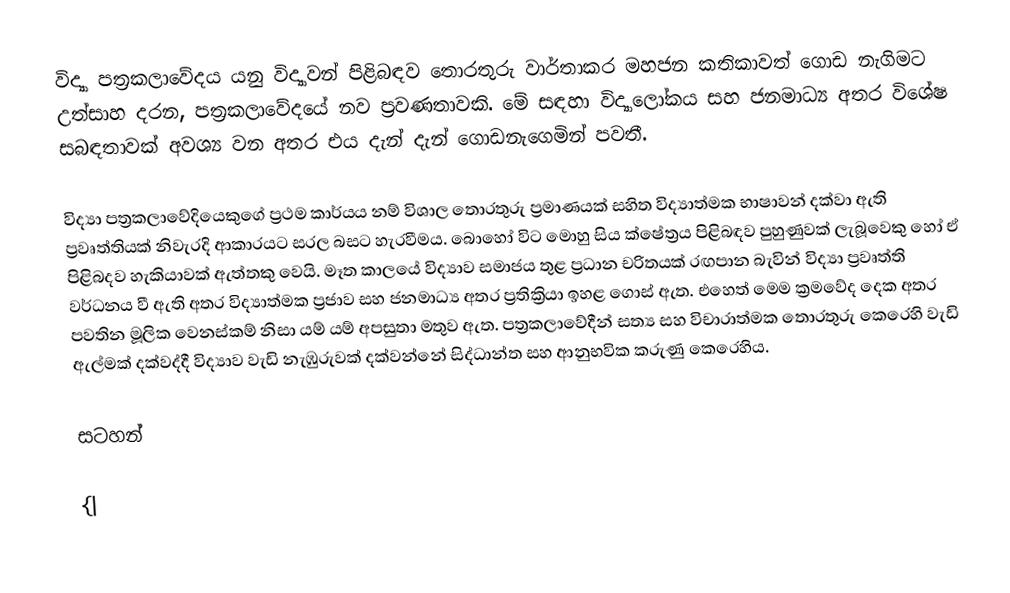
විද්‍යා පත්‍රකලාවේදය යනු විද්‍යාවන් පිළිබඳව තොරතුරු වාර්තාකර මහජන කතිකාවත් ගොඩ නැගිමට උත්සාහ දරන, පත්‍රකලාවේදයේ නව ප්‍රවණතාවකි. මේ සඳහා විද්‍යාලෝකය සහ ජනමාධ්‍ය අතර විශේෂ සබඳතාවක් අවශ්‍ය වන අතර එය දැන් දැන් ගොඩනැගෙමින් පවතී.

විද්‍යා පත්‍රකලාවේදියෙකුගේ ප්‍රථම කාර්යය නම් විශාල තොරතුරු ප්‍රමාණයක් සහිත විද්‍යාත්මක භාෂාවන් දක්වා ඇති ප්‍රවෘත්තියක් නිවැරදි ආකාරයට සරල බසට හැරවීමය. බොහෝ විට මොහු සිය ක්ෂේත්‍රය පිළිබඳව පුහුණුවක් ලැබූවෙකු හෝ ඒ පිළිබදව හැකියාවක් ඇත්තකු වෙයි. මෑත කාලයේ විද්‍යාව සමාජය තුළ ප්‍රධාන චරිතයක් රඟපාන බැවින් විද්‍යා ප්‍රවෘත්ති වර්ධනය වී ඇති අතර විද්‍යාත්මක ප්‍රජාව සහ ජනමාධ්‍ය අතර ප්‍රතික්‍රියා ඉහළ ගොස් ඇත. එහෙත් මෙම ක්‍රමවේද දෙක අතර පවතින මූලික වෙනස්කම් නිසා යම් යම් අපසුතා මතුව ඇත. පත්‍රකලාවේදීන් සත්‍ය සහ විචාරාත්මක තොරතුරු කෙරෙහි වැඩි ඇල්මක් දක්වද්දී විද්‍යාව වැඩි නැඹුරුවක් දක්වන්නේ සිද්ධාන්ත සහ ආනුභවික කරුණු කෙරෙහිය.

සටහන්

{|